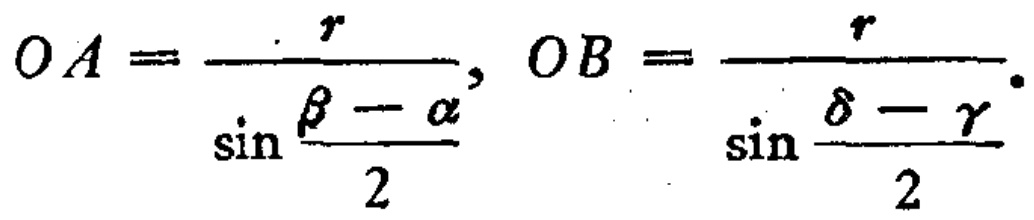
\[OA = \frac{r}{\sin \frac{\beta - \alpha}{2}}, OB = \frac{r}{\sin \frac{\delta - \gamma}{2}}.\]